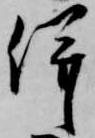
併